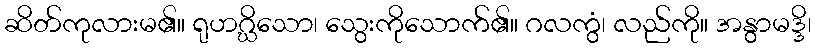
ဆိတ်ကုလားမ၏။ ရုဟဂ္ဃိသော၊ သွေးကိုသောက်၏။ ဂလကွံ၊ လည်ကို။ အနွာမဒ္ဒိ၊